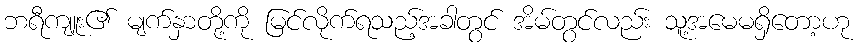
ဘရီကျူး၏ မျက်နှာတို့ကို မြင်လိုက်ရသည့်အခါတွင် အိမ်တွင်လည်း သူ့အမေမရှိတော့ဟု